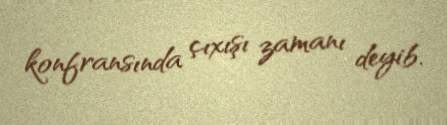
konfransında çıxışı zamanı deyib.